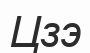
Цзэ